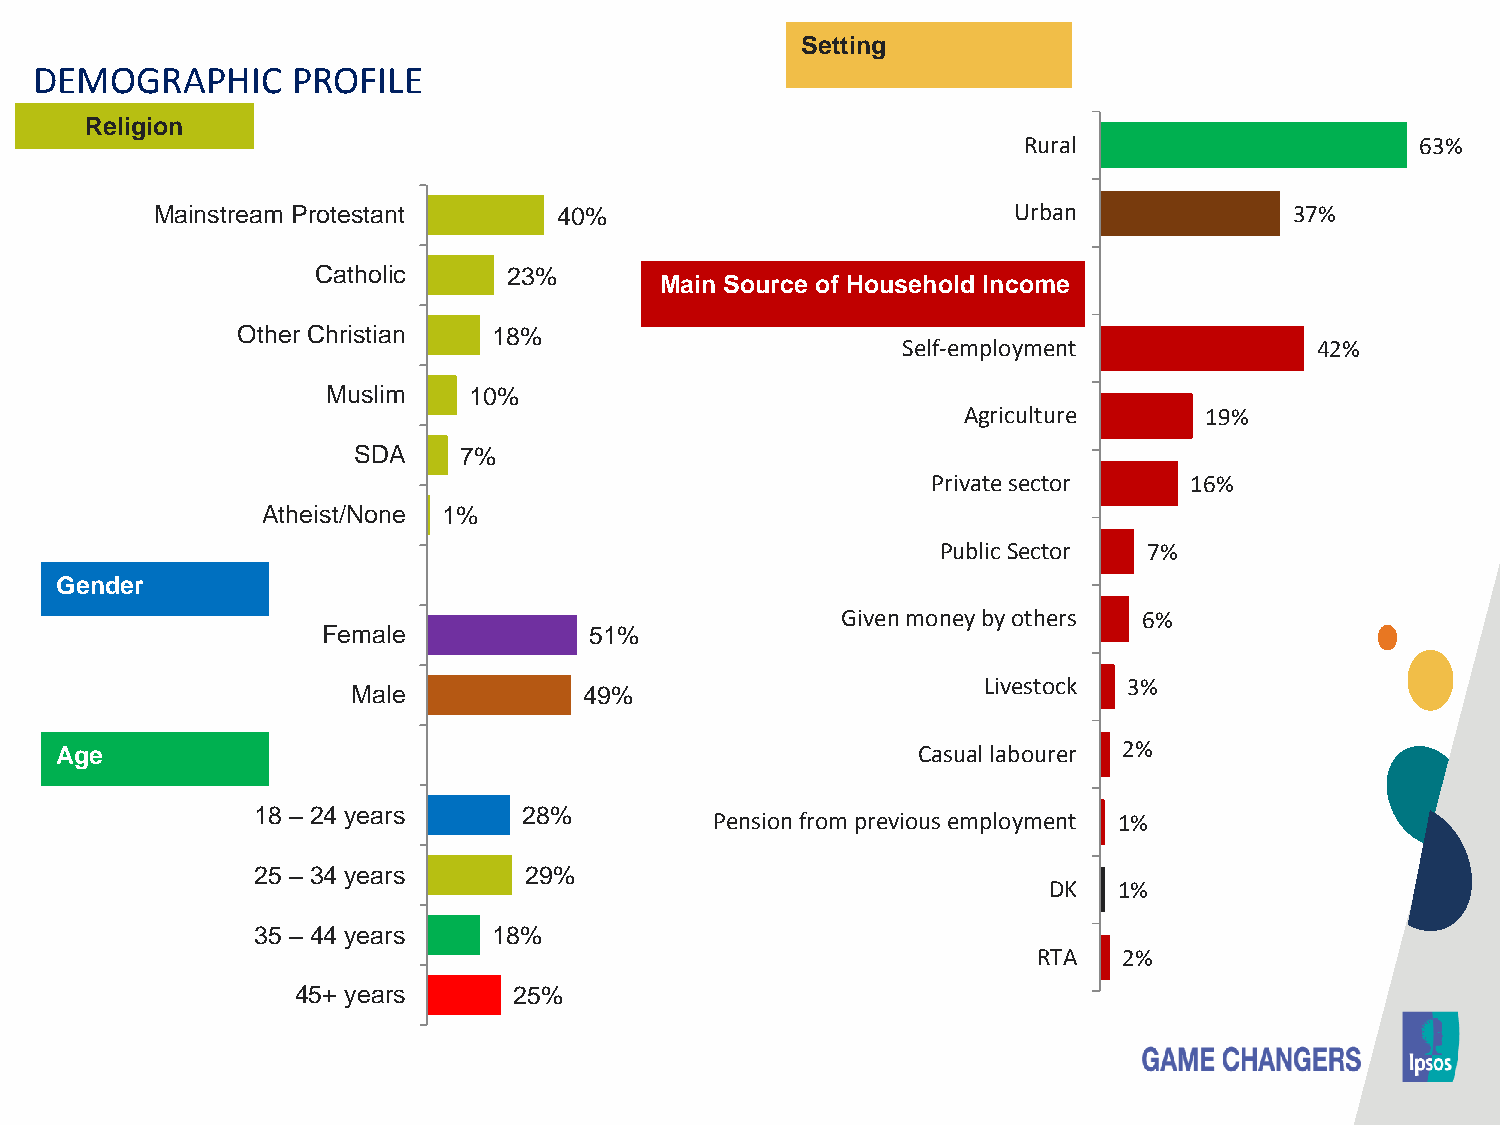
Setting
 DEMOGRAPHIC      PROFILE
 Religion
 Rural                     63%
 Mainstream Protestant      40%                           Urban              37%
 Catholic     23%
 Main Source of Household Income
 Other Christian  18%
 Self-employment            42%
 Muslim   10%
 Agriculture     19%
 SDA    7%
 Private sector   16%
 Atheist/None 1%
 Public Sector 7%
 Gender
 Given money by others 6%
 Female            51%
 Livestock 3%
 Male            49%
 Age                                                      Casual labourer 2%
 18 – 24 years     28%         Pension from previous employment 1%
 25 – 34 years     29%
 DK   1%
 35 – 44 years   18%
 RTA  2%
 45+ years     25%
 9   © 2018 Ipsos.